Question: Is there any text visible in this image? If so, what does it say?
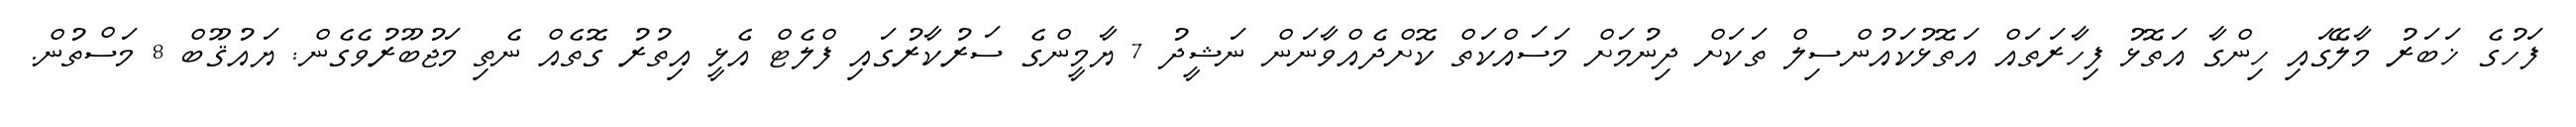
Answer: ފަހުގެ ޚަބަރު މާލޭގައި ހިންގާ އަތޮޅު ފިހާރަތައް އަތޮޅުކައުންސިލް ތަކަށް ދިނުމަށް މަސައްކަތް ކޮށްދެއްވާނަން ނަޝީދު 7 ޔާމީންގެ ސަރުކާރުގައި ފްލެޓް އެޅީ އިތުރު ގޮތެއް ނެތި މަޖުބޫރުވެގެން: ޔައުޤޫބް 8 މަސްތުން.